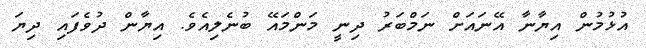
އުޅުމުން އިޔާނާ އޭނައަށް ނަމްބަރު ދިނީ މަންމައޭ ބުނެލިއެވެ. އިޔާން ދުވެފައި ދިޔަ